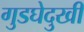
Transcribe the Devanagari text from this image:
गुडघेदुखी